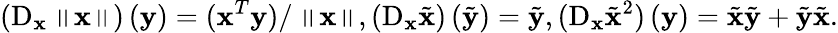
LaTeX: \left(\mathrm{D}_{\mathbf{x}}\left\Vert\mathbf{x}\right\Vert\right)\left(\mathbf{y}\right)=(\mathbf{x}^{T}\mathbf{y})/\left\Vert\mathbf{x}\right\Vert,\left(\mathrm{D}_{\mathbf{x}}\tilde{\mathbf{x}}\right)\left(\tilde{\mathbf{y}}\right)=\tilde{\mathbf{y}},(\mathrm{D}_{\mathbf{x}}\tilde{\mathbf{x}}^{2})\left(\mathbf{y}\right)=\tilde{\mathbf{x}}\tilde{\mathbf{y}}+\tilde{\mathbf{y}}\tilde{\mathbf{x}}.